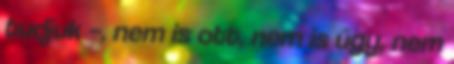
tudjuk –, nem is ott, nem is úgy, nem